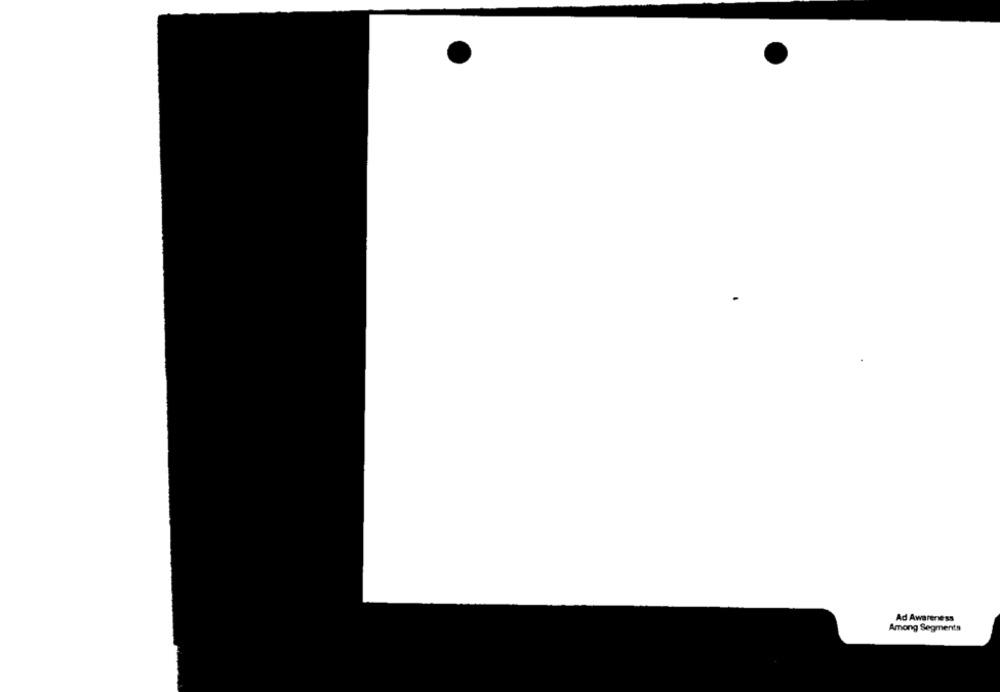
Ad Awareness
Among Segments